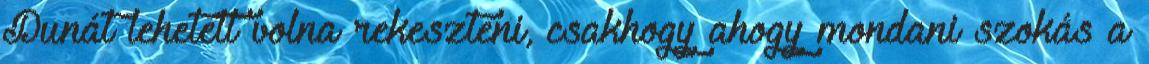
Dunát lehetett volna rekeszteni, csakhogy ahogy mondani szokás a